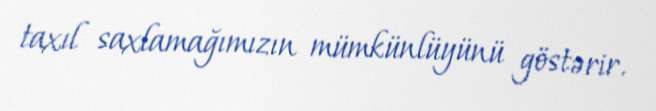
taxıl saxlamağımızın mümkünlüyünü göstərir.